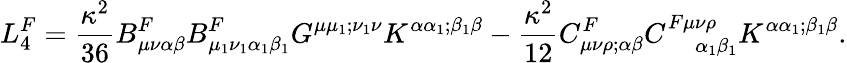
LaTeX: L_{4}^{F}=\frac{\kappa^{2}}{36}B_{\mu\nu\alpha\beta}^{F}B_{\mu_{1}\nu_{1}\alpha_{1}\beta_{1}}^{F}G^{\mu\mu_{1};\nu_{1}\nu}K^{\alpha\alpha_{1};\beta_{1}\beta}-\frac{\kappa^{2}}{12}C_{\mu\nu\rho;\alpha\beta}^{F}C_{~~~~~~\alpha_{1}\beta_{1}}^{F\mu\nu\rho}K^{\alpha\alpha_{1};\beta_{1}\beta}.